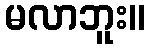
မလာဘူး။